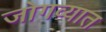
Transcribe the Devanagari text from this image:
जोगव्यात